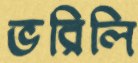
ভরিলি